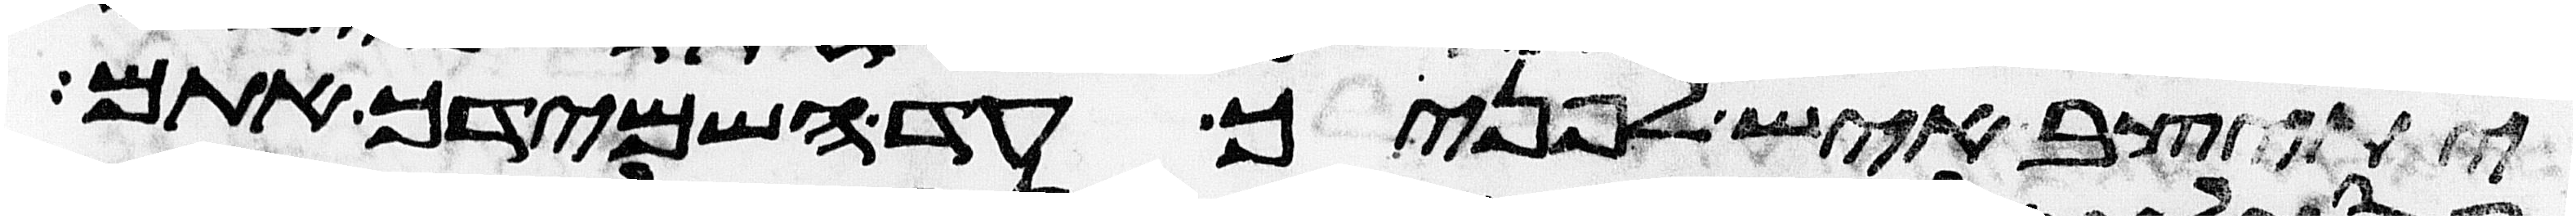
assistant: יתיצב איש לפניך עד השמידך אתם